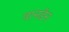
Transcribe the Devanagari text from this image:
वानडेन